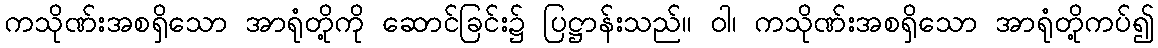
ကသိုဏ်းအစရှိသော အာရုံတို့ကို ဆောင်ခြင်း၌ ပြဋ္ဌာန်းသည်။ ဝါ၊ ကသိုဏ်းအစရှိသော အာရုံတို့ကပ်၍